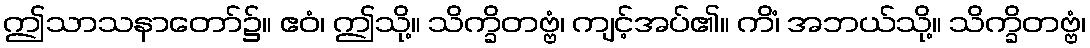
ဤသာသနာတော်၌။ ဧဝံ၊ ဤသို့။ သိက္ခိတဗ္ဗံ၊ ကျင့်အပ်၏။ ကိံ၊ အဘယ်သို့။ သိက္ခိတဗ္ဗံ၊